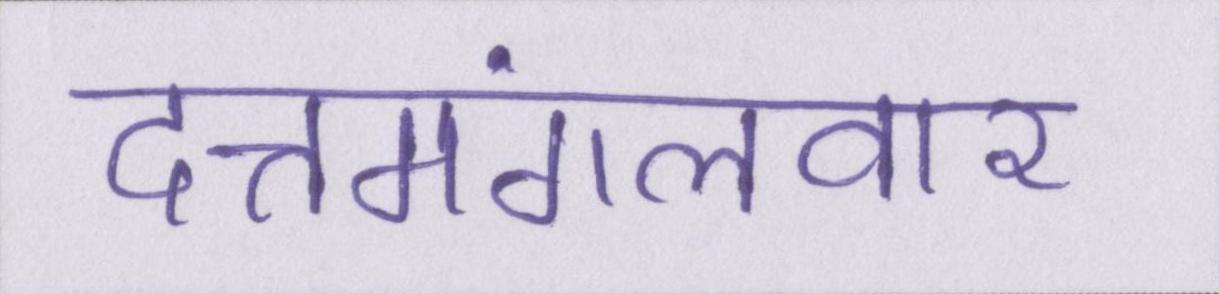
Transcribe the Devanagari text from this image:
दत्तमंगलवार